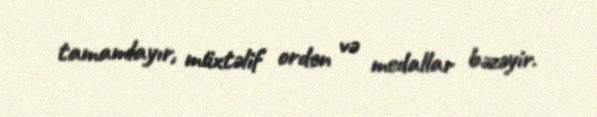
tamamlayır, müxtəlif orden və medallar bəzəyir.